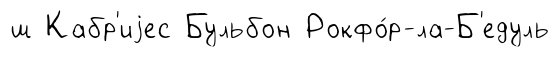
ш Кабр'иjес Бульбон Рокфо́р-ла-Б'едуль